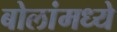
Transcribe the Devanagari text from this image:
बोलांमध्ये